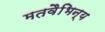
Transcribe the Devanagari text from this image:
मतवैभिन्य